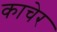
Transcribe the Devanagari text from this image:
काचेर